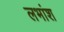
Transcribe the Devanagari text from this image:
लभांश